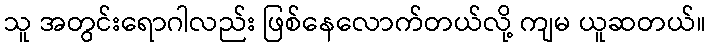
သူ အတွင်းရောဂါလည်း ဖြစ်နေလောက်တယ်လို့ ကျမ ယူဆတယ်။